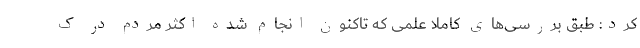
کرد: طبق بررسی‌های کاملاً علمی که تاکنون انجام شده اکثر مردم در ک